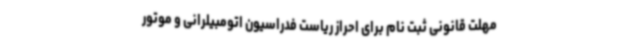
مهلت قانونی ثبت نام برای احراز ریاست فدراسیون اتومبیلرانی و موتور